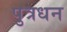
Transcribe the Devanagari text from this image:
पुत्रधन